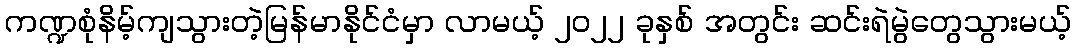
ကဏ္ဍစုံနိမ့်ကျသွားတဲ့မြန်မာနိုင်ငံမှာ လာမယ့် ၂၀၂၂ ခုနှစ် အတွင်း ဆင်းရဲမွဲတွေသွားမယ့်